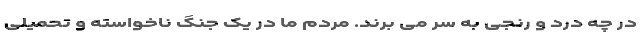
در چه درد و رنجی به سر می برند. مردم ما در یک جنگ ناخواسته و تحمیلی